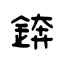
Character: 錛